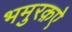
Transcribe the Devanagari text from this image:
भमुरक़ऐ